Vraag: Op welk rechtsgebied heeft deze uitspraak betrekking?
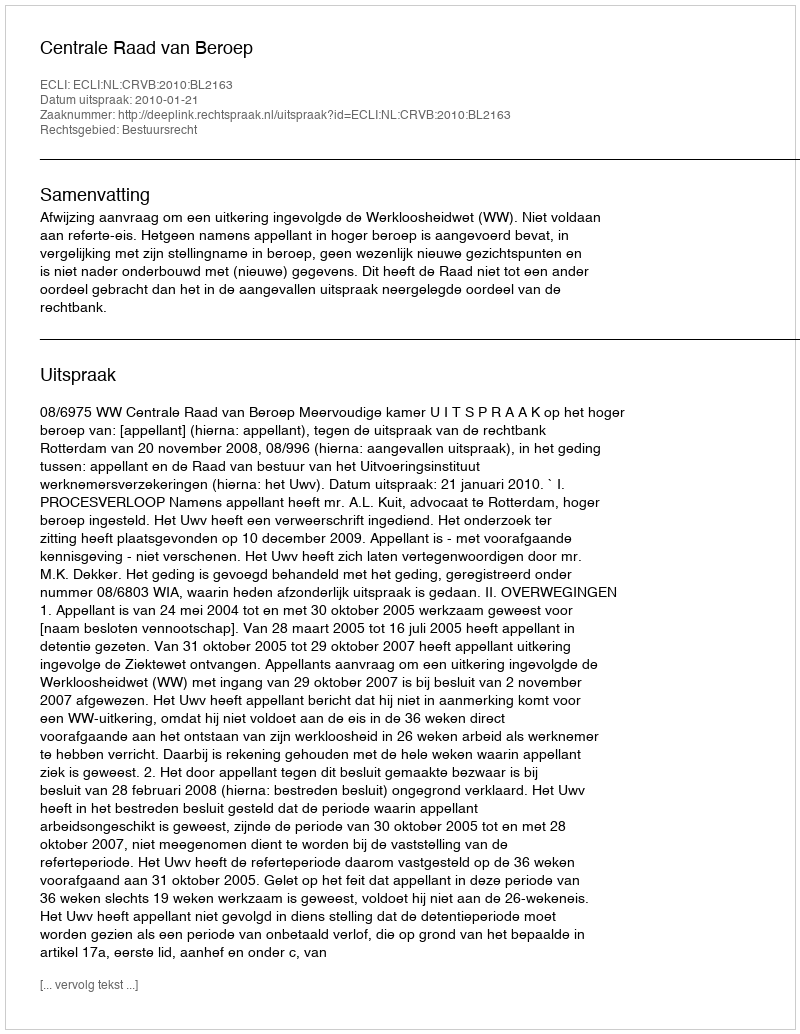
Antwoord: Bestuursrecht